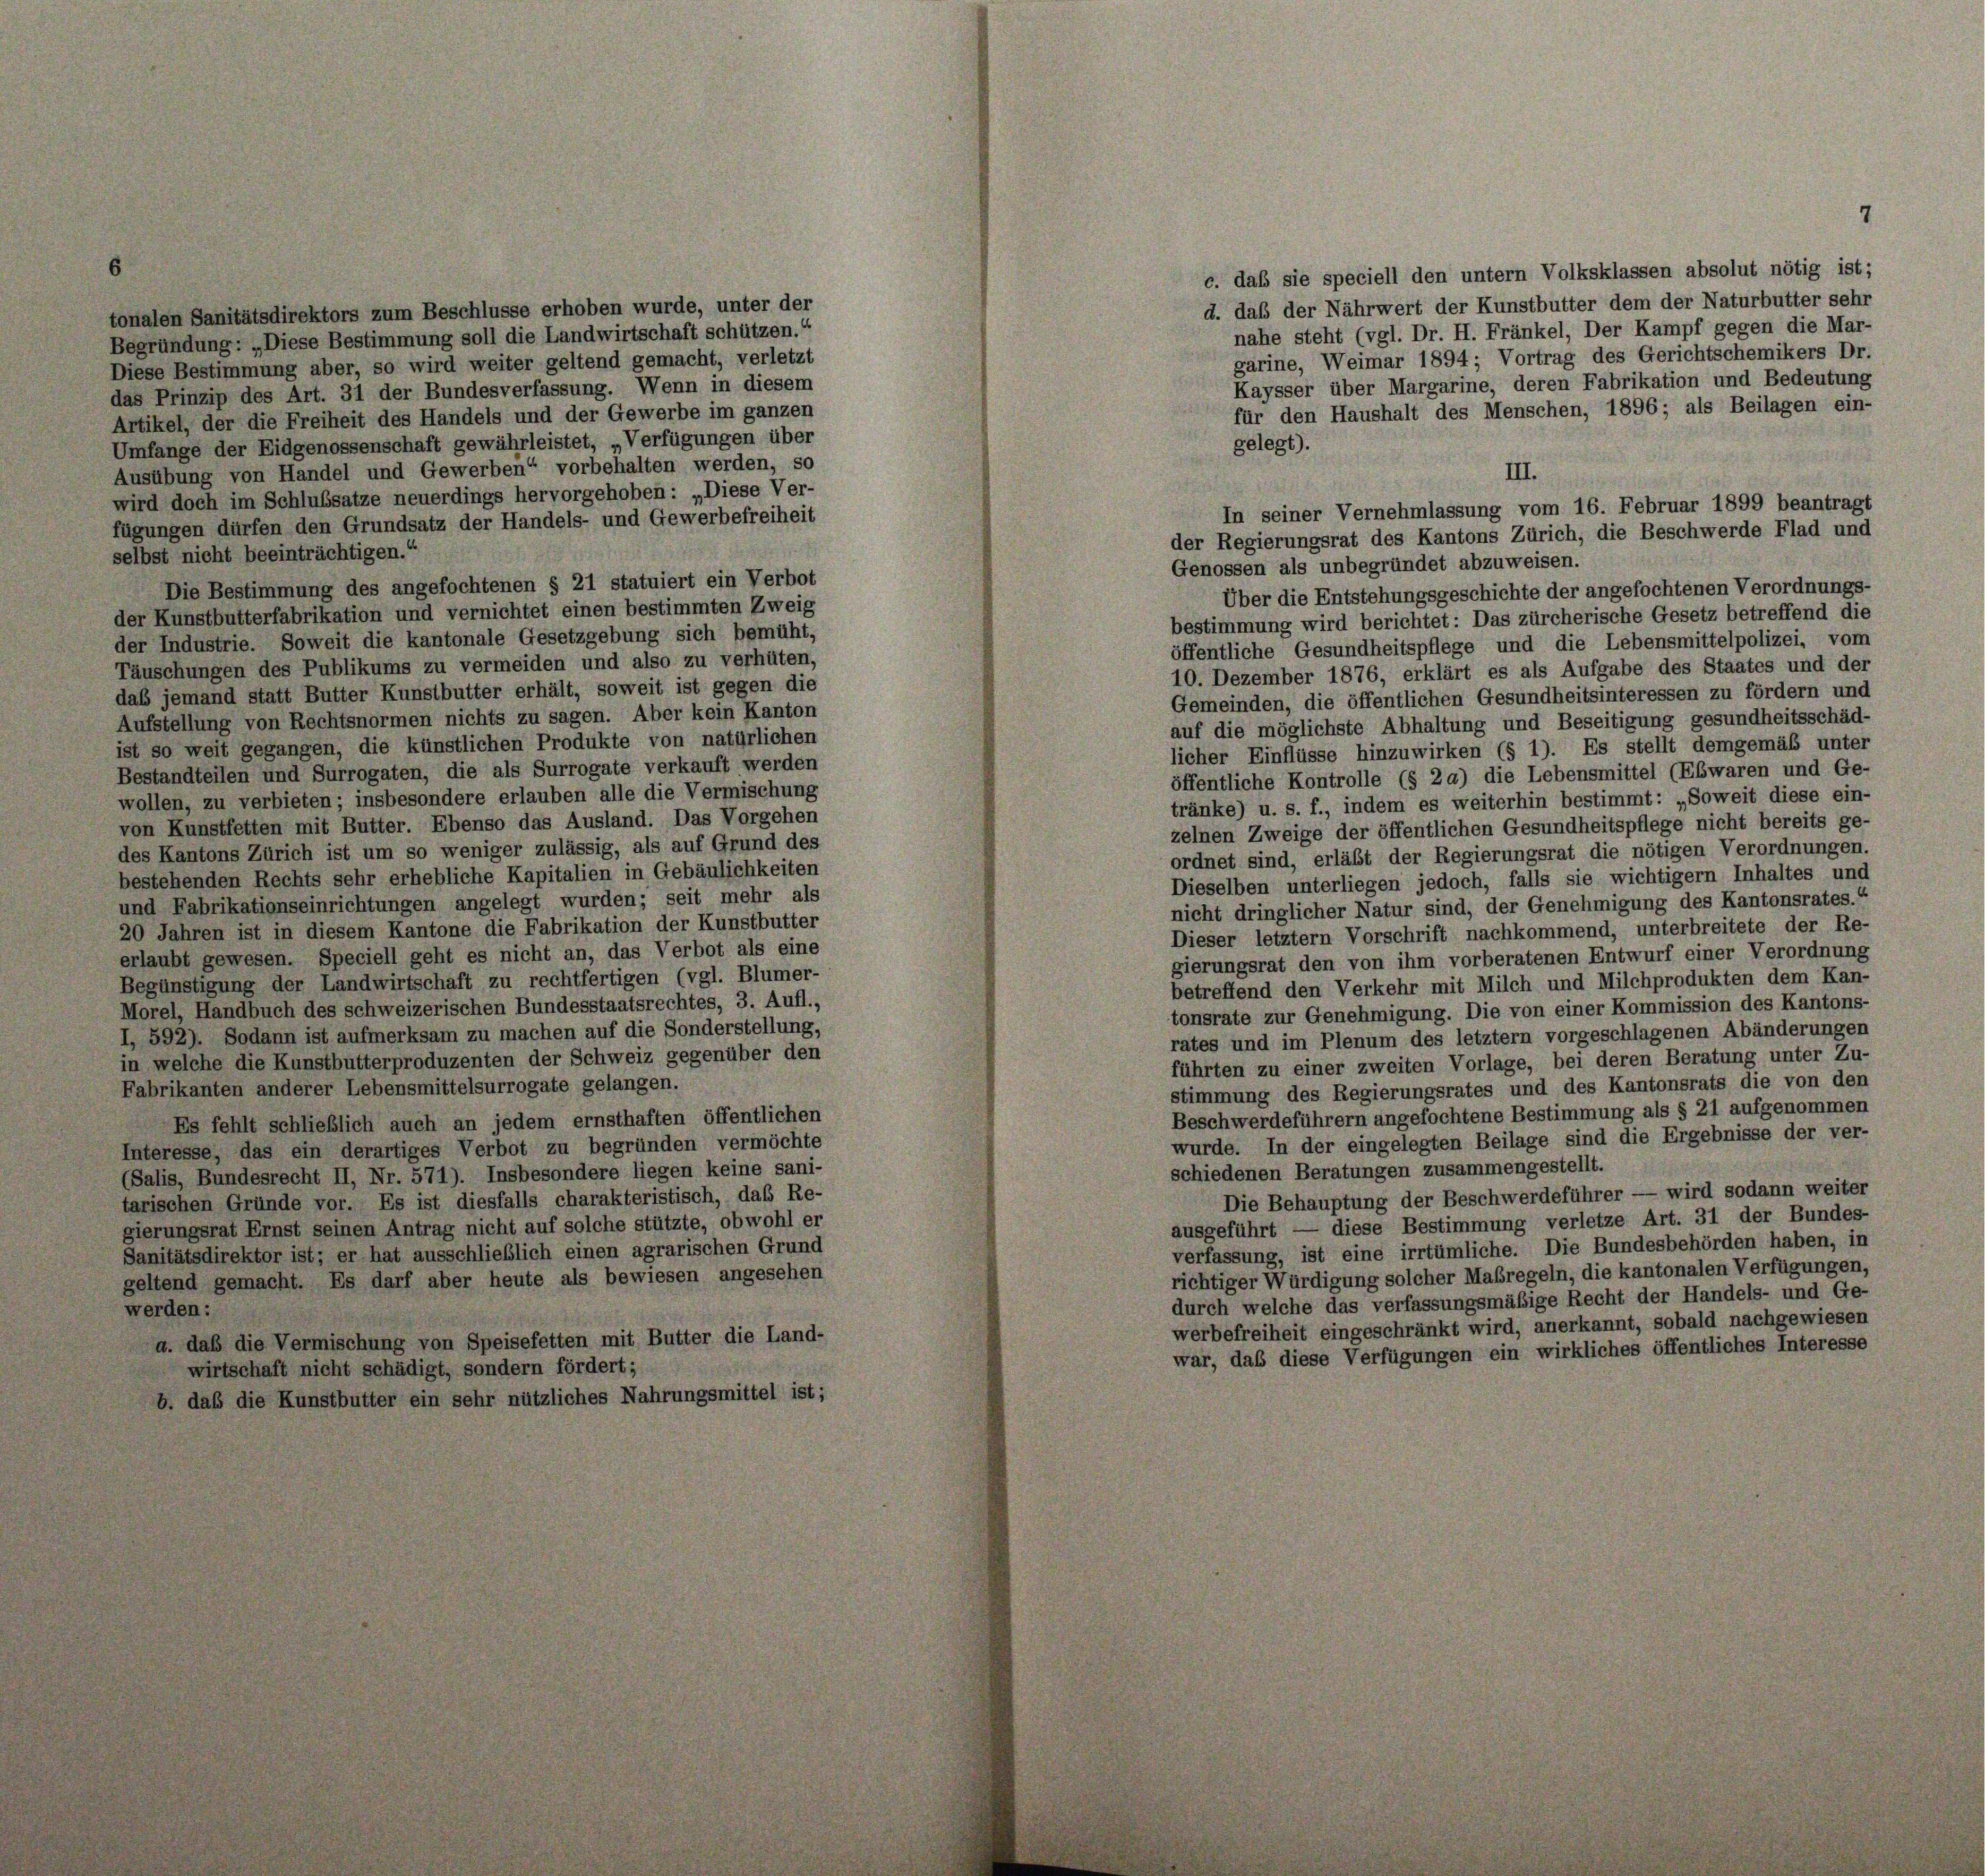
tonalen Sanitätsdirektors zum Beschlüsse erhoben wurde, unter der

Begründung: „Diese Bestimmung soll die Landwirtschaft schützen.“
Diese Bestimmung aber, so wird weiter geltend gemacht, verletzt
das Prinzip des Art. 31 der Bundesverfassung. Wenn in diesem
Artikel, der die Freiheit des Handels und der Gewerbe im ganzen
Umfange der Eidgenossenschaft gewährleistet, „Verfügungen über
Ausübung von Handel und Gewerben“ vorbehalten werden, so
wird doch im Schlussätze neuerdings hervorgehoben: „Diese Ver-
fügungen dürfen den Grundsatz der Handels- und Gewerbefreiheit
selbst nicht beeinträchtigen.
Die Bestimmung des angefochtenen § 21 statuiert ein Verbot
der Kunstbutterfabrikation und vernichtet einen bestimmten Zweig
der Industrie. Soweit die kantonale Gesetzgebung sich bemüht,
Täuschungen des Publikums zu vermeiden und also zu verhüten,
daß jemand statt Butter Kunstbutter erhält, soweit ist gegen die
Aufstellung von Rechtsnormen nichts zu sagen. Aber kein Kanton
ist so weit gegangen, die künstlichen Produkte von natürlichen
Bestandteilen und Surrogaten, die als Surrogate verkauft werden
wollen, zu verbieten; insbesondere erlauben alle die Vermischung
von Kunstfetten mit Butter. Ebenso das Ausland. Das Vorgehen
des Kantons Zürich ist um so weniger zulässig, als auf Grund des
bestehenden Rechts sehr erhebliche Kapitalien in Gebäulichkeiten
und Fabrikationseinrichtungen angelegt wurden; seit mehr als
20 Jahren ist in diesem Kantone die Fabrikation der Kunstbutter
erlaubt gewesen. Speciell geht es nicht an, das Verbot als eine
Begünstigung der Landwirtschaft zu rechtfertigen (vgl. Blümer-
Morel, Handbuch des schweizerischen Bundesstaatsrechtes, 3. Aufl.,
I, 592). Sodann ist aufmerksam zu machen auf die Sonderstellung,
in welche die Kunstbutterproduzenten der Schweiz gegenüber den
Fabrikanten anderer Lebensmittelsurrogate gelangen.
Es fehlt schließlich auch an jedem ernsthaften öffentlichen
Interesse, das ein derartiges Verbot zu begründen vermöchte
(Salis, Bundesrecht II, Nr. 571). Insbesondere liegen keine sani-
tarischen Gründe vor. Es ist diesfalls charakteristisch, das Re-
gierungsrat Ernst seinen Antrag nicht auf solche stützte, obwohl er
Sanitätsdirektor ist; er hat ausschließlich einen agrarischen Grund
geltend gemacht. Es darf aber heute als bewiesen angesehen
werden:
a. daß die Vermischung von Speisefetten mit Butter die Land-
wirtschaft nicht schädigt, sondern fördert;
b. daß die Kunstbutter ein sehr nützliches Nahrungsmittel ist;

für den Haushalt des Menschen, 1896 ; als Beilagen ein-
bestimmung wird berichtet: Das zürcherische Gesetz betreffend die
öffentliche Gesundheitspflege und die Lebensmittelpolizei, vom
10. Dezember 1876, erklärt es als Aufgabe des Staates und der
Gemeinden, die öffentlichen Gesundheitsinteressen zu fördern und
auf die möglichste Abhaltung und Beseitigung gesundheitsschäd-
licher Einflüsse hinzuwirken (§ 1). Es stellt demgemäß unter
öffentliche Kontrolle (§ 20) die Lebensmittel (Ebwaren und Ge-
tränke) u. s. f., indem es weiterhin bestimmt: „Soweit diese ein-
zelnen Zweige der öffentlichen Gesundheitspflege nicht bereits ge-
ordnet sind, erlässt der Regierungsrat die nötigen Verordnungen.
Dieselben unterliegen jedoch, falls sie wichtigem Inhaltes und
nicht dringlicher Natur sind, der Genehmigung des Kantonsrates.“
Dieser letztem Vorschrift nachkommend, unterbreitete der Re-
gierungsrat den von ihm vorberatenen Entwurf einer Verordnung
betreffend den Verkehr mit Milch und Milchprodukten dem Kan-
tonsrate zur Genehmigung. Die von einer Kommission des Kantons-
rates und im Plenum des letztem vorgeschlagenen Abänderungen
führten zu einer zweiten Vorlage, bei deren Beratung unter Zu-
stimmung des Regierungsrates und des Kantonsrats die von den
Beschwerdeführern angefochtene Bestimmung als § 21 aufgenommen
wurde. In der eingelegten Beilage sind die Ergebnisse der ver-
schiedenen Beratungen zusammengestellt.
Die Behauptung der Beschwerdeführer — wird sodann weiter
ausgeführt — diese Bestimmung verletze Art. 31 der Bundes-
verfassung, ist eine irrtümliche. Die Bundesbehörden haben, in
richtiger Würdigung solcher Maßregeln, die kantonalen Verfügungen,
durch welche das verfassungsmäßige Recht der Handels- und Ge-
werbefreiheit eingeschränkt wird, anerkannt, sobald nachgewiesen
war, daß diese Verfügungen ein wirkliches öffentliches Interesse

gelegt).
III.
In seiner Vernehmlassung vom 16. Februar 1899 beantragt
der Regierungsrat des Kantons Zürich, die Beschwerde Flad und
Genossen als unbegründet abzuweisen.
Über die Entstehungsgeschichte der angefochtenen Verordnungs-

c. daß sie speciell den untern Volksklassen absolut nötig ist;
d. das der Nährwert der Kunstbutter dem der Naturbutter sehr
nahe steht (vgl. Dr. H. Fränkel, Der Kampf gegen die Mar-
garine, Weimar 1894; Vortrag des Gerichtschemikers Dr.
Kaysser über Margarine, deren Fabrikation und Bedeutung

7